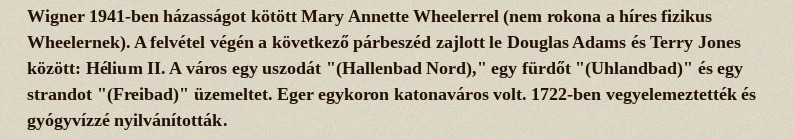
Wigner 1941-ben házasságot kötött Mary Annette Wheelerrel (nem rokona a híres fizikus Wheelernek). A felvétel végén a következő párbeszéd zajlott le Douglas Adams és Terry Jones között: Hélium II. A város egy uszodát "(Hallenbad Nord)," egy fürdőt "(Uhlandbad)" és egy strandot "(Freibad)" üzemeltet. Eger egykoron katonaváros volt. 1722-ben vegyelemeztették és gyógyvízzé nyilvánították.